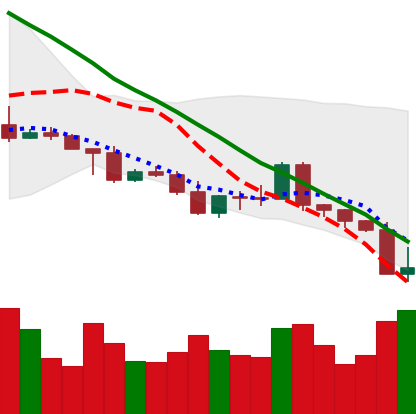
Ticker: NEO-USD
Chart end date: 2022-05-10
Forward return: -20.483%
Label: down_7plus